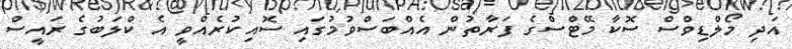
އަދި މޯލްޑިވްސް ސޮކާ މޭޓްސްގެ ފަރާތުން އެއްބަސްވުމުގައި ސޮއިކުރެއްވީ އެ ކްލަބުގެ ރައީސް